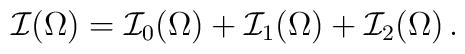
\mathcal{I}(\Omega)=\mathcal{I}_0(\Omega)+\mathcal{I}_1(\Omega)+\mathcal{I}_2(\Omega)\,.